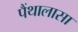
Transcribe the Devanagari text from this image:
पैंथालासा